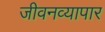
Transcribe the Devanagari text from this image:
जीवनव्यापार